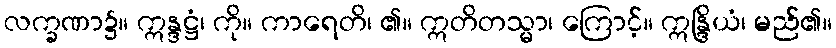
လက္ခဏာ၌။ ဣန္ဒဋ္ဌံ၊ ကို။ ကာရေတိ၊ ၏။ ဣတိတသ္မာ၊ ကြောင့်။ ဣန္ဒြိယံ၊ မည်၏။